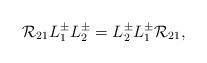
LaTeX: \begin{align*}{\cal R}_{21}L^{\pm}_1L^{\pm}_2=L^{\pm}_2L^{\pm}_1{\cal R}_{21},\end{align*}